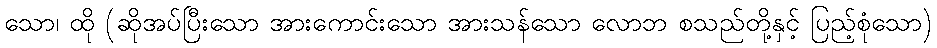
သော၊ ထို (ဆိုအပ်ပြီးသော အားကောင်းသော အားသန်သော လောဘ စသည်တို့နှင့် ပြည့်စုံသော)